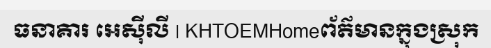
ធនាគារ អេស៊ីលី | KHTOEMHomeព័ត៌មានក្នុងស្រុក